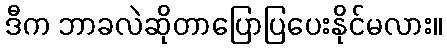
ဒီက ဘာခလဲဆိုတာပြောပြပေးနိုင်မလား။